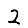
Digit: 2